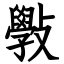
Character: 斅